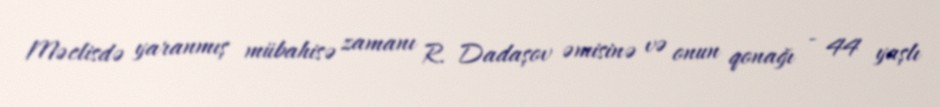
Məclisdə yaranmış mübahisə zamanı R. Dadaşov əmisinə və onun qonağı - 44 yaşlı